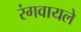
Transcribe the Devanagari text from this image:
रंगवायले